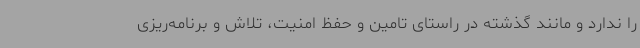
را ندارد و مانند گذشته در راستای تامین و حفظ امنیت، تلاش و برنامه‌ریزی